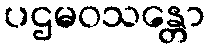
ပဌမဝသန္တော